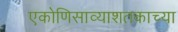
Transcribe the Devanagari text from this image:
एकोणिसाव्याशतकाच्या